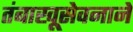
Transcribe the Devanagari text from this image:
तंबाखूसेवनाने